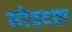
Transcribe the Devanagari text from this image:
सोडदहा